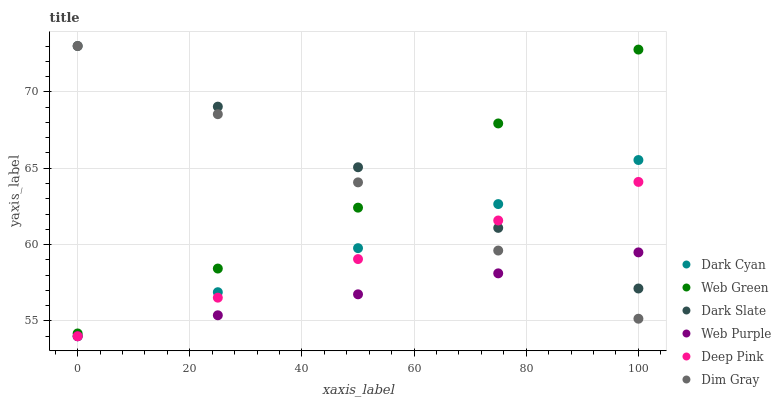
| xaxis_label | Dark Cyan | Web Green | Dark Slate | Web Purple | Deep Pink | Dim Gray |
 | --- | --- | --- | --- | --- | --- | --- |
 | 0 | 54 | 54.2 | 73 | 54 | 54 | 73 |
 | 25 | 56.9 | 58.4 | 69 | 55.4 | 56.5 | 68.5 |
 | 50 | 59.8 | 62.4 | 65.1 | 56.7 | 59.1 | 64.1 |
 | 75 | 62.7 | 67.9 | 61.1 | 58.1 | 61.6 | 59.6 |
 | 100 | 65.5 | 72.8 | 57.1 | 59.5 | 64.1 | 55.1 |